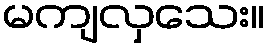
မကျလှသေး။